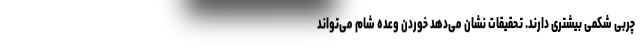
چربی شکمی بیشتری دارند. تحقیقات نشان می‌دهد خوردن وعده شام می‌تواند